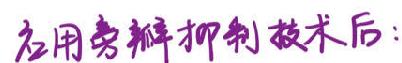
应用旁瓣抑制技术后：